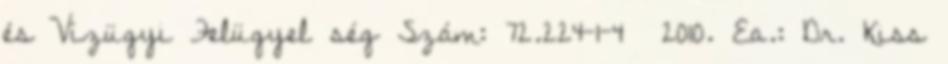
és Vízügyi Felügyel ség Szám: 72.224-1-4 2010. Ea.: Dr. Kiss